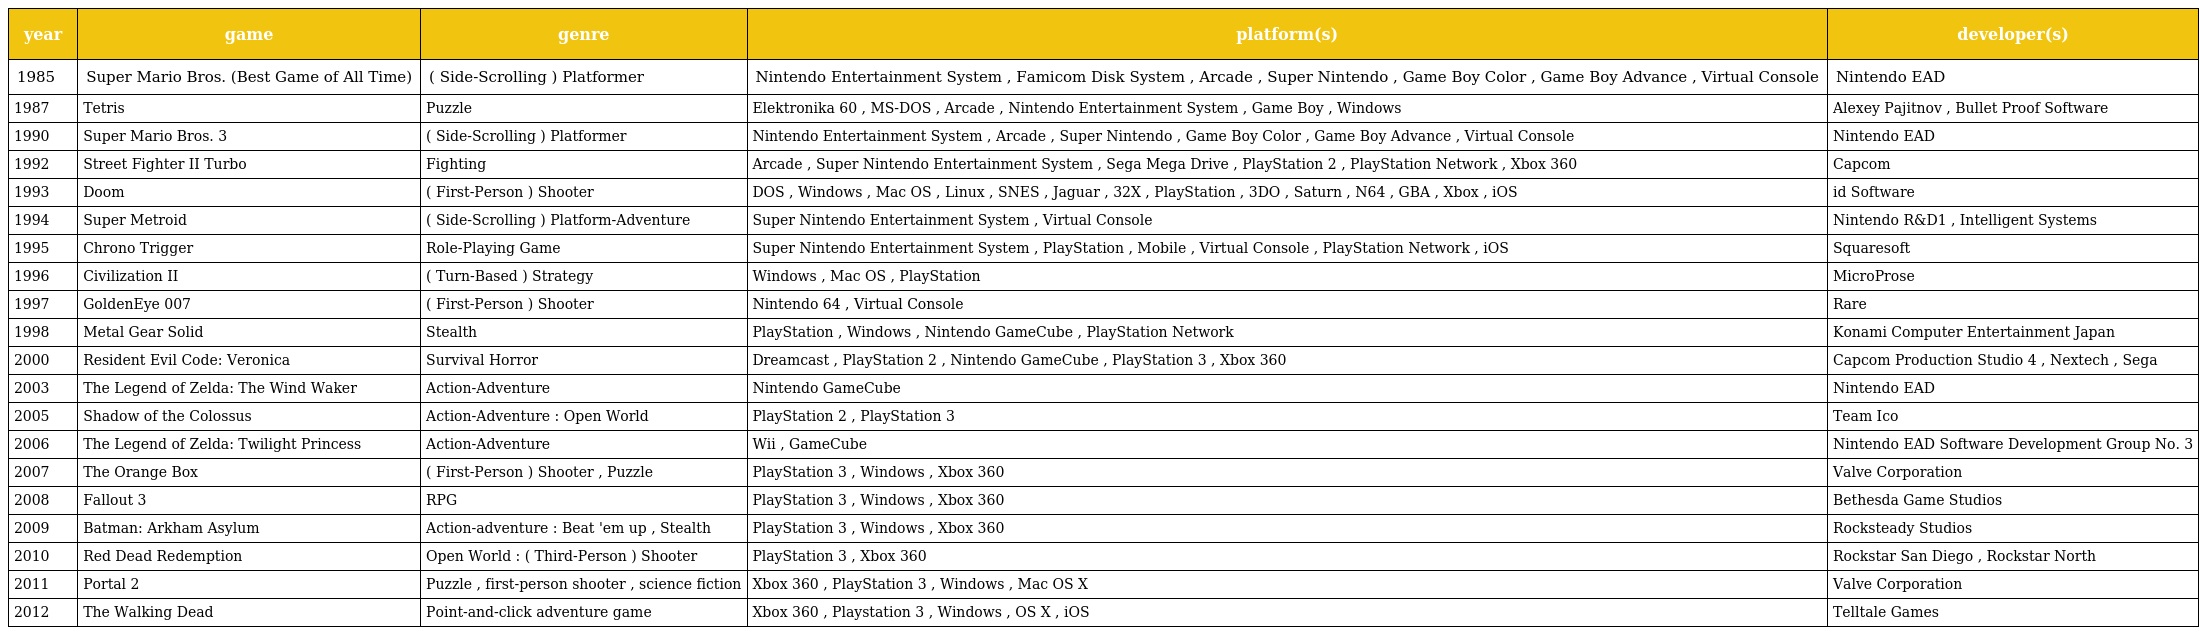
| year | game | genre | platform(s) | developer(s) |
 | --- | --- | --- | --- | --- |
 | 1985 | Super Mario Bros. (Best Game of All Time) | ( Side-Scrolling ) Platformer | Nintendo Entertainment System , Famicom Disk System , Arcade , Super Nintendo , Game Boy Color , Game Boy Advance , Virtual Console | Nintendo EAD |
 | 1987 | Tetris | Puzzle | Elektronika 60 , MS-DOS , Arcade , Nintendo Entertainment System , Game Boy , Windows | Alexey Pajitnov , Bullet Proof Software |
 | 1990 | Super Mario Bros. 3 | ( Side-Scrolling ) Platformer | Nintendo Entertainment System , Arcade , Super Nintendo , Game Boy Color , Game Boy Advance , Virtual Console | Nintendo EAD |
 | 1992 | Street Fighter II Turbo | Fighting | Arcade , Super Nintendo Entertainment System , Sega Mega Drive , PlayStation 2 , PlayStation Network , Xbox 360 | Capcom |
 | 1993 | Doom | ( First-Person ) Shooter | DOS , Windows , Mac OS , Linux , SNES , Jaguar , 32X , PlayStation , 3DO , Saturn , N64 , GBA , Xbox , iOS | id Software |
 | 1994 | Super Metroid | ( Side-Scrolling ) Platform-Adventure | Super Nintendo Entertainment System , Virtual Console | Nintendo R&D1 , Intelligent Systems |
 | 1995 | Chrono Trigger | Role-Playing Game | Super Nintendo Entertainment System , PlayStation , Mobile , Virtual Console , PlayStation Network , iOS | Squaresoft |
 | 1996 | Civilization II | ( Turn-Based ) Strategy | Windows , Mac OS , PlayStation | MicroProse |
 | 1997 | GoldenEye 007 | ( First-Person ) Shooter | Nintendo 64 , Virtual Console | Rare |
 | 1998 | Metal Gear Solid | Stealth | PlayStation , Windows , Nintendo GameCube , PlayStation Network | Konami Computer Entertainment Japan |
 | 2000 | Resident Evil Code: Veronica | Survival Horror | Dreamcast , PlayStation 2 , Nintendo GameCube , PlayStation 3 , Xbox 360 | Capcom Production Studio 4 , Nextech , Sega |
 | 2003 | The Legend of Zelda: The Wind Waker | Action-Adventure | Nintendo GameCube | Nintendo EAD |
 | 2005 | Shadow of the Colossus | Action-Adventure : Open World | PlayStation 2 , PlayStation 3 | Team Ico |
 | 2006 | The Legend of Zelda: Twilight Princess | Action-Adventure | Wii , GameCube | Nintendo EAD Software Development Group No. 3 |
 | 2007 | The Orange Box | ( First-Person ) Shooter , Puzzle | PlayStation 3 , Windows , Xbox 360 | Valve Corporation |
 | 2008 | Fallout 3 | RPG | PlayStation 3 , Windows , Xbox 360 | Bethesda Game Studios |
 | 2009 | Batman: Arkham Asylum | Action-adventure : Beat 'em up , Stealth | PlayStation 3 , Windows , Xbox 360 | Rocksteady Studios |
 | 2010 | Red Dead Redemption | Open World : ( Third-Person ) Shooter | PlayStation 3 , Xbox 360 | Rockstar San Diego , Rockstar North |
 | 2011 | Portal 2 | Puzzle , first-person shooter , science fiction | Xbox 360 , PlayStation 3 , Windows , Mac OS X | Valve Corporation |
 | 2012 | The Walking Dead | Point-and-click adventure game | Xbox 360 , Playstation 3 , Windows , OS X , iOS | Telltale Games |